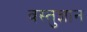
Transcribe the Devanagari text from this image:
वस्तुज्ञान